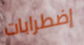
إضطرابات